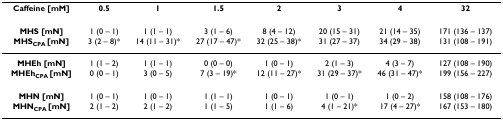
| Caffeine [mM] | 0.5 | 1 | 1.5 | 2 | 3 | 4 | 32 |
 | --- | --- | --- | --- | --- | --- | --- | --- |
 | MHS [mN] | 1 (0 – 1) | 1 (1 – 1) | 3 (1 – 6) | 8 (4 – 12) | 20 (15 – 31) | 21 (14 – 35) | 171 (136 – 137) |
 | MHSCPA [mN] | 3 (2 – 8)* | 14 (11 – 31)* | 27 (17 – 47)* | 32 (25 – 38)* | 31 (27 – 37) | 34 (29 – 38) | 131 (108 – 191) |
 | MHEh [mN] | 1 (1 – 2) | 1 (1 – 1) | 0 (0 – 0) | 1 (0 – 1) | 2 (1 – 3) | 4 (3 – 7) | 127 (108 – 190) |
 | MHEhCPA [mN] | 0 (0 – 1) | 3 (0 – 5) | 7 (3 – 19)* | 12 (11 – 27)* | 31 (29 – 37)* | 46 (31 – 47)* | 199 (156 – 227) |
 | MHN [mN] | 1 (0 – 1) | 1 (0 – 1) | 1 (1 – 1) | 1 (0 – 1) | 1 (0 – 1) | 1 (0 – 2) | 158 (108 – 176) |
 | MHNCPA [mN] | 2 (1 – 2) | 2 (1 – 2) | 1 (1 – 5) | 1 (1 – 6) | 4 (1 – 21)* | 17 (4 – 27)* | 167 (153 – 180) |